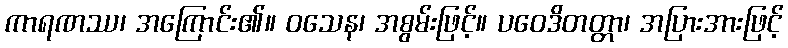
ကာရဏဿ၊ အကြောင်း၏။ ဝသေန၊ အစွမ်းဖြင့်။ ပဝေဒိတတ္တာ၊ အပြားအားဖြင့်